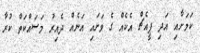
ކަމަށާއި އަދި ޕީއެޗް އެކެއް ގެ ވަށައި އަނެއް ދެއިރު މަސައްކަތް ކުރާ